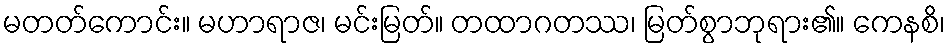
မတတ်ကောင်း။ မဟာရာဇ၊ မင်းမြတ်။ တထာဂတဿ၊ မြတ်စွာဘုရား၏။ ကေနစိ၊